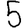
Digit: 5